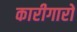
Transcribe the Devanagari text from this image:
कारीगारों